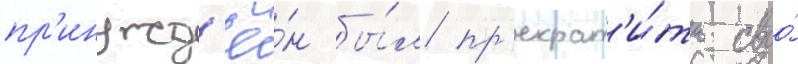
пр'инужд'ё́н бы́л пр'екрат'и́ть своо́